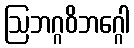
ဩဘဂ္ဂဝိဘဂ္ဂေါ